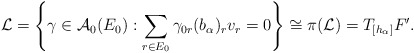
\begin{align*}\mathcal{L}=\left\{\gamma\in\mathcal{A}_{0}(E_{0}) : \sum_{r \in E_0}\gamma_{0r}(b_{\alpha})_{r}v_{r}=0\right\}\cong \pi(\mathcal{L})=T_{[h_{\alpha}]}F'.\end{align*}